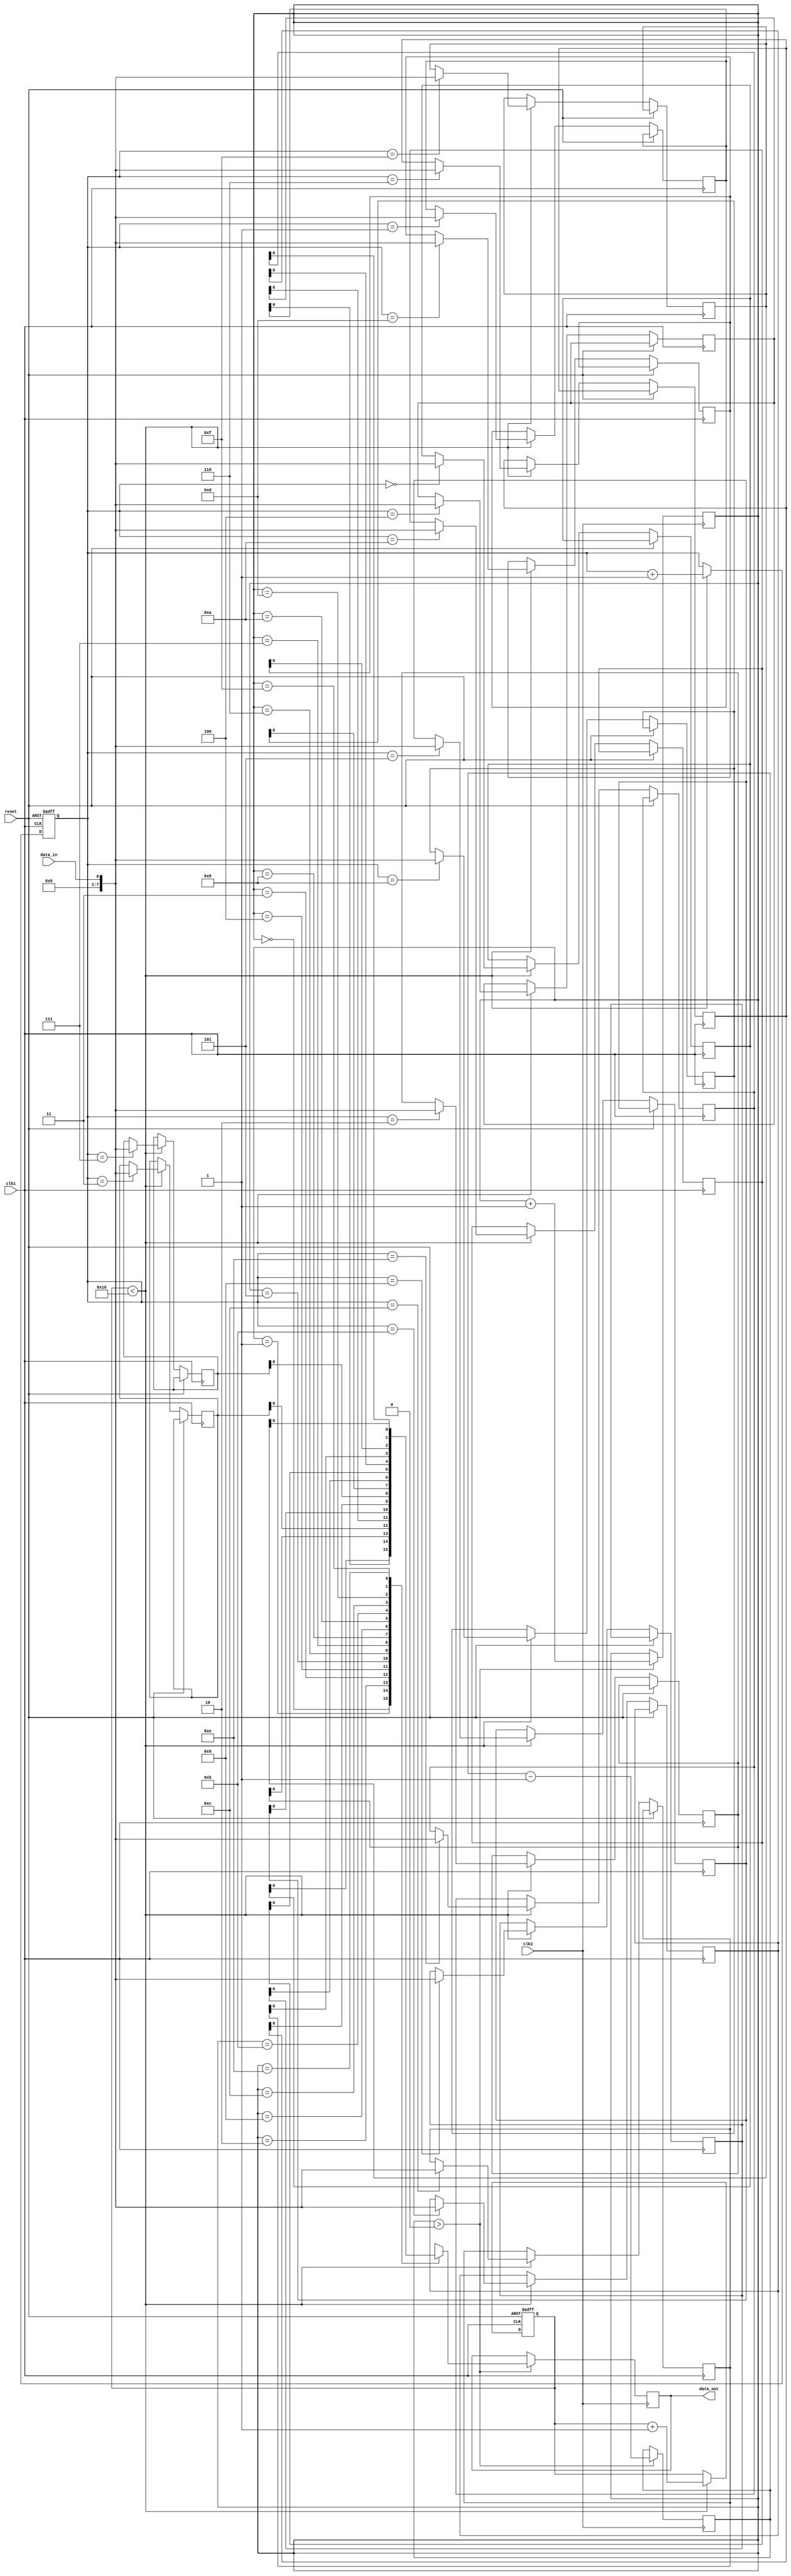
module last_word_fall_through_fifo (
    input wire clk1, // clock signal for clock domain 1
    input wire clk2, // clock signal for clock domain 2
    input wire reset, // reset signal
    
    input wire data_in, // input data signal
    output wire data_out // output data signal
);

// define parameters
parameter BUFFER_DEPTH = 16; // depth of FIFO buffer

// define internal signals
reg [7:0] fifo [BUFFER_DEPTH-1:0]; // FIFO buffer to store data samples
reg [3:0] wr_ptr, rd_ptr; // write and read pointers 
reg [1:0] wr_count, rd_count; // write and read count

// clock domain 1 process
always @ (posedge clk1 or posedge reset) begin
    if (reset) begin
        wr_ptr <= 0;
        wr_count <= 0;
    end else begin
        if (wr_count < BUFFER_DEPTH) begin
            fifo[wr_ptr] <= data_in;
            wr_ptr <= wr_ptr + 1;
            wr_count <= wr_count + 1;
        end
    end
end

// clock domain 2 process
always @ (posedge clk2) begin
    if (rd_count > 0) begin
        data_out <= fifo[rd_ptr];
        rd_ptr <= rd_ptr + 1;
        rd_count <= rd_count - 1;
    end
end

endmodule